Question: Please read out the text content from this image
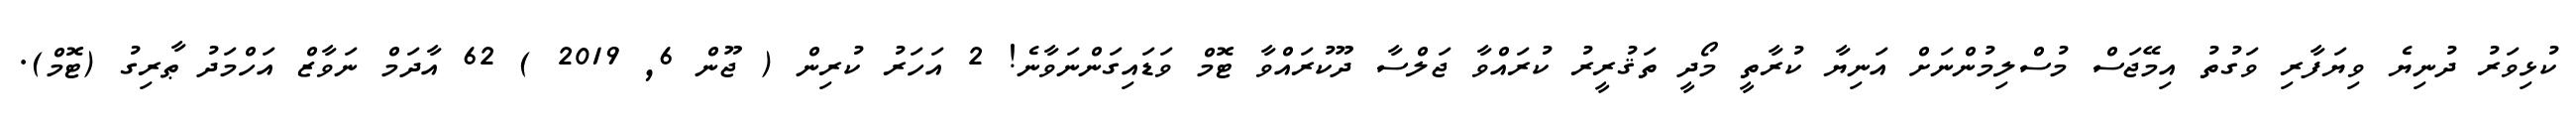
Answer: ކުޅިވަރު ދުނިޔެ ވިޔަފާރި ވަގުތު އިމޭޖަސް މުސްލިމުންނަށް އަނިޔާ ކުރާތީ މޯދީ ތަޤުރީރު ކުރައްވާ ޖަލްސާ ދޫކުރައްވާ ޓޮމް ވަޑައިގަންނަވާނެ! 2 އަހަރު ކުރިން ( ޖޫން 6, 2019 ) 62 އާދަމް ނަވާޒް އަހްމަދު ޠާރިގު (ޓޮމް).